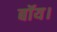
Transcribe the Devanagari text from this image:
बॉय।